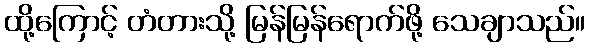
ထို့ကြောင့် တံတားသို့ မြန်မြန်ရောက်ဖို့ သေချာသည်။